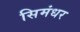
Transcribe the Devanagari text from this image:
सिमंधर